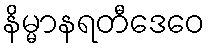
နိမ္မာနရတီဒေဝေ